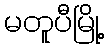
မတူပီမြို့